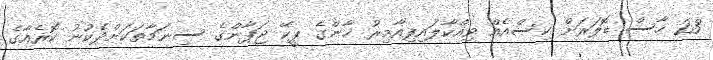
23 ހާސް ޑޮލަރަށް ކިސްއެއް ވިއްކާލައިފިއާމިރު ޚާންގެ ޕީކޭ ޖަޕާންގެ ސިނަމާތަކަށްދެކުނު ކޮރެއާގެ